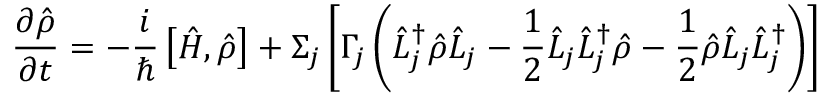
\frac { \partial \hat { \rho } } { \partial t } = - \frac { i } { \hbar } \left[ \hat { H } , \hat { \rho } \right] + \Sigma _ { j } \left[ \Gamma _ { j } \left( \hat { L } _ { j } ^ { \dagger } \hat { \rho } \hat { L } _ { j } - \frac { 1 } { 2 } \hat { L } _ { j } \hat { L } _ { j } ^ { \dagger } \hat { \rho } - \frac { 1 } { 2 } \hat { \rho } \hat { L } _ { j } \hat { L } _ { j } ^ { \dagger } \right) \right]